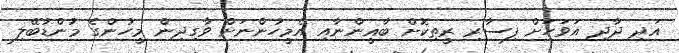
އަދި ދާދި އަވަހަށް ފިސާރި ރީތިކޮށް ބާޣީންނާއި އެމީހުންނަށް ވާގިދިން މީހުންގެ މުންޑުބޭލި